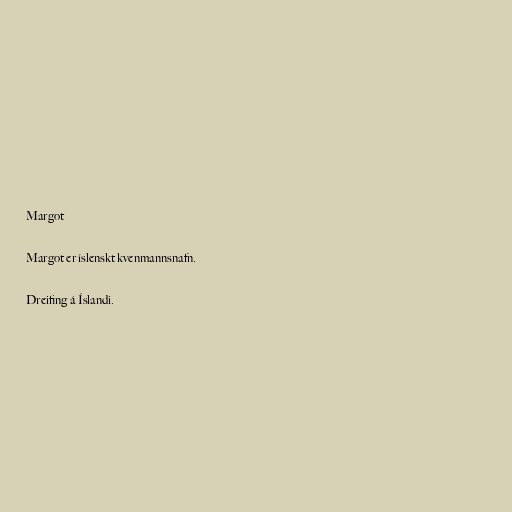
Margot

Margot er íslenskt kvenmannsnafn.

Dreifing á Íslandi.